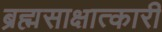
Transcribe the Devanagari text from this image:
ब्रह्मसाक्षात्कारी